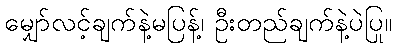
မျှော်လင့်ချက်နဲ့မပြန့်၊ ဦးတည်ချက်နဲ့ပဲပြု။